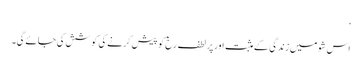
‘
اس شو میں زندگی کے مثبت اور پر لطف رخ کو پیش کرنے کی کوشش کی جائے گی۔